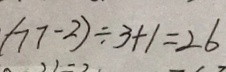
( 7 7 - 2 ) \div 3 + 1 = 2 6